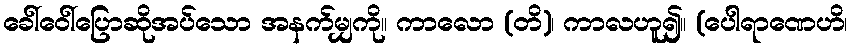
ခေါ်ဝေါ်ပြောဆိုအပ်သော အနက်မျှကို။ ကာလော (တိ)၊ ကာလဟူ၍။ (ပေါရာဏေဟိ၊